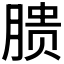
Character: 𱼏